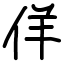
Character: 佯